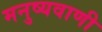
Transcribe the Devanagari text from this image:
मनुष्यवाणी